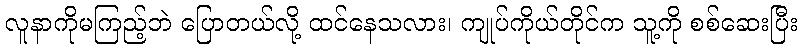
လူနာကိုမကြည့်ဘဲ ပြောတယ်လို့ ထင်နေသလား၊ ကျုပ်ကိုယ်တိုင်က သူ့ကို စစ်ဆေးပြီး